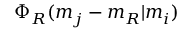
\Phi _ { R } ( m _ { j } - m _ { R } \vert m _ { i } )